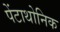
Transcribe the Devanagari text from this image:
पेंटाथोनिक